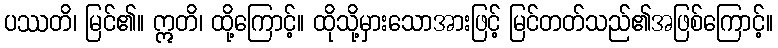
ပဿတိ၊ မြင်၏။ ဣတိ၊ ထို့ကြောင့်။ ထိုသို့မှားသောအားဖြင့် မြင်တတ်သည်၏အဖြစ်ကြောင့်။